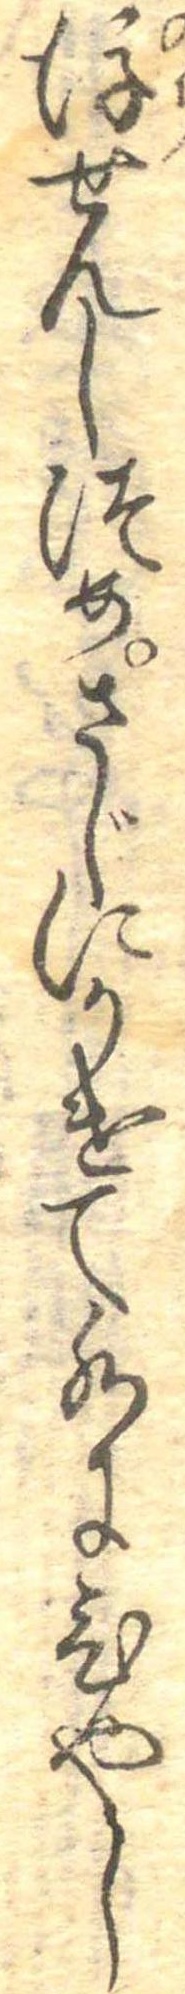
後せんしつめさじにかけて水にひやし